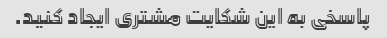
پاسخی به این شکایت مشتری ایجاد کنید.